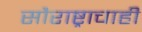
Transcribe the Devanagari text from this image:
सौराष्ट्राचाही